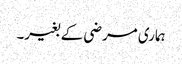
ہماری مرضی کے بغیر۔